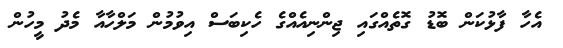
އެހާ ފާޅުކަން ބޮޑު ގޮތެއްގައި ޖިންނިއެއްގެ ހެކިބަސް އިވުމުން މަލްހާއާ މެދު މީހުން